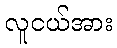
လူငယ်အား